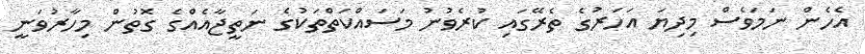
އެހެން ނަމަވެސް މިދިޔަ އަހަރުގެ ތެރޭގައި ކުރެވުނު މަސައްކަތްތަކުގެ ނަތީޖާއެއްގެ ގޮތުން މިހާރުވަނީ